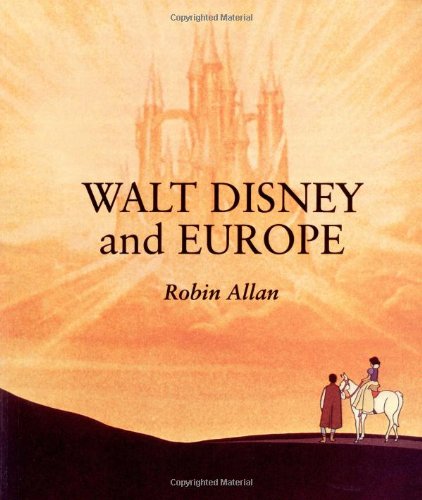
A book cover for Walt Disney and Europe: European Influences on the Animated Feature Films of Walt Disney; Robin Allan; Humor & Entertainment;